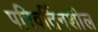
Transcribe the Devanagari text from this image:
परिवर्तिनशील